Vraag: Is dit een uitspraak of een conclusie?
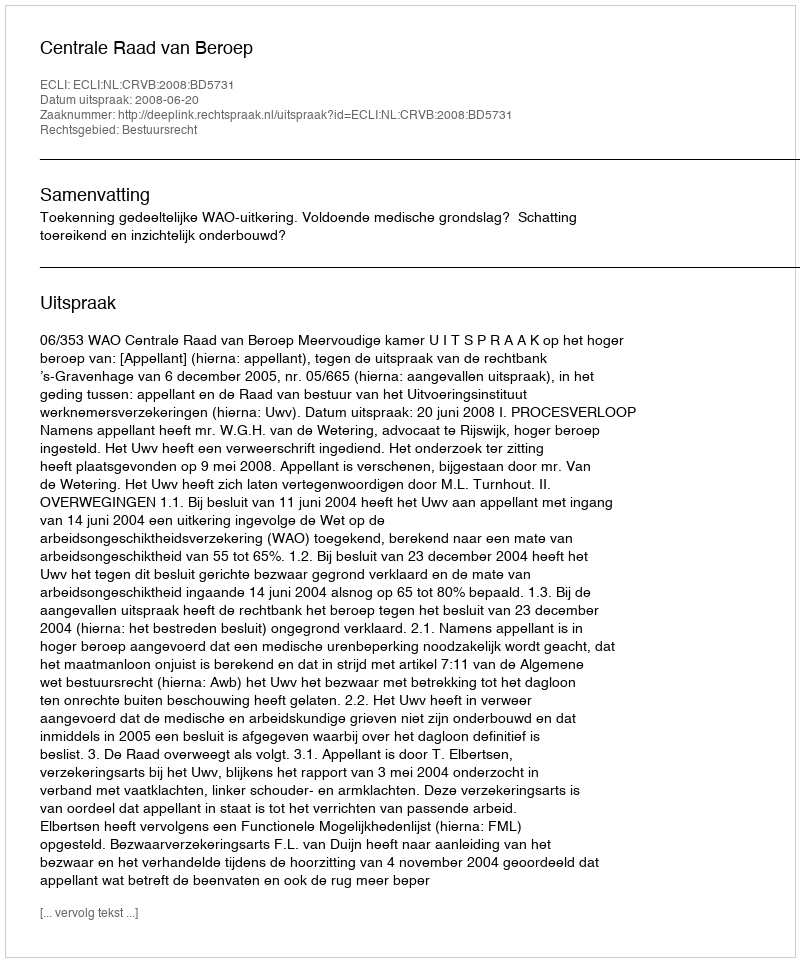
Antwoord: Uitspraak